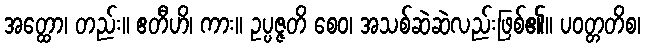
အတ္ထော၊ တည်း။ ဧတီဟိ၊ ကား။ ဥပ္ပဇ္ဇတိ စေဝ၊ အသစ်ဆဲဆဲလည်းဖြစ်၏။ ပဝတ္တတိစ၊